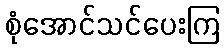
စုံအောင်သင်ပေးကြ